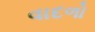
વાદળો